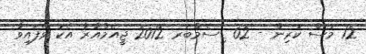
12 މަސް ކުރިން - 02 ޑިސެމްބަރ 2012 ޖީއެމްއާރާ އެކު ވެފައިވާ